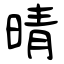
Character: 晴